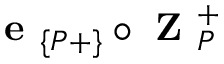
\textbf { e } _ { \{ P + \} } \circ \textbf { Z } _ { P } ^ { + }